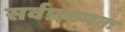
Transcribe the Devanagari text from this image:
सर्वप्रथमतः